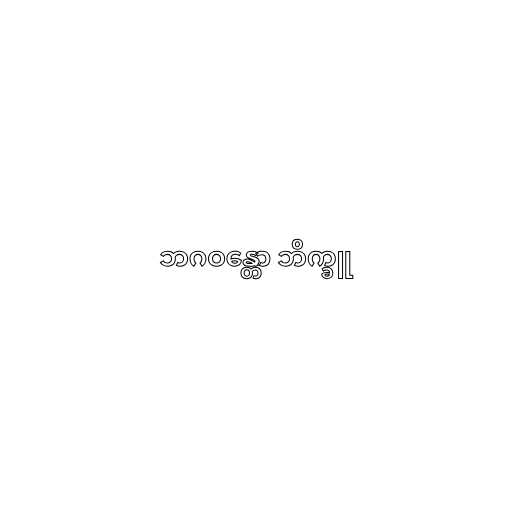
ဘဂဝန္တော ဘိက္ခူ